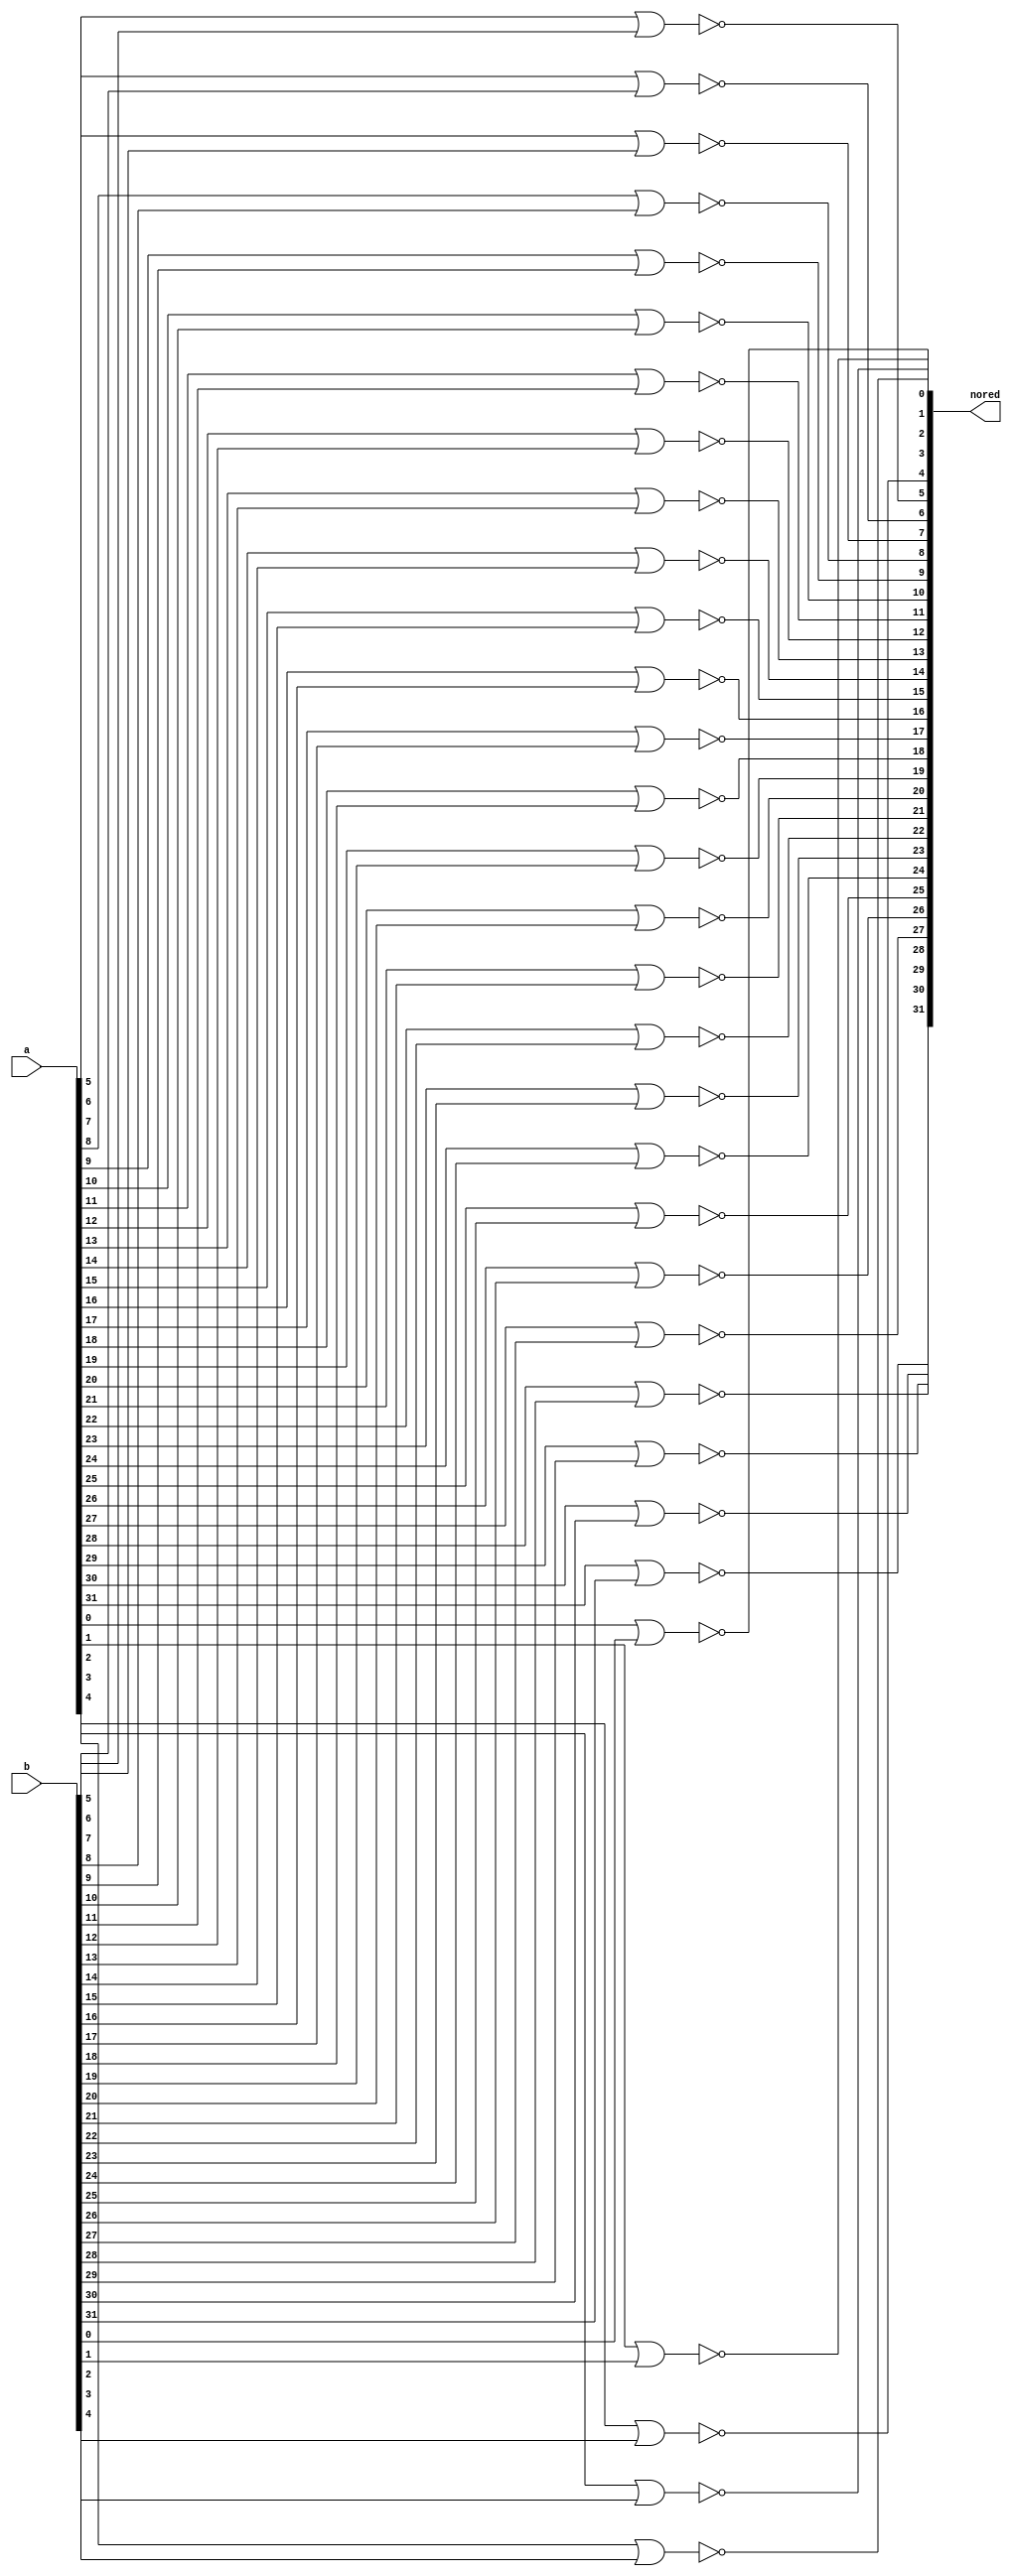
module norer(nored, a, b);
input [31:0]a, b;
output [31:0]nored;

nor noring0(nored[0], a[0], b[0]);
nor noring1(nored[1], a[1], b[1]);
nor noring2(nored[2], a[2], b[2]);
nor noring3(nored[3], a[3], b[3]);
nor noring4(nored[4], a[4], b[4]);
nor noring5(nored[5], a[5], b[5]);
nor noring6(nored[6], a[6], b[6]);
nor noring7(nored[7], a[7], b[7]);
nor noring8(nored[8], a[8], b[8]);
nor noring9(nored[9], a[9], b[9]);
nor noring10(nored[10], a[10], b[10]);
nor noring11(nored[11], a[11], b[11]);
nor noring12(nored[12], a[12], b[12]);
nor noring13(nored[13], a[13], b[13]);
nor noring14(nored[14], a[14], b[14]);
nor noring15(nored[15], a[15], b[15]);
nor noring16(nored[16], a[16], b[16]);
nor noring17(nored[17], a[17], b[17]);
nor noring18(nored[18], a[18], b[18]);
nor noring19(nored[19], a[19], b[19]);
nor noring20(nored[20], a[20], b[20]);
nor noring21(nored[21], a[21], b[21]);
nor noring22(nored[22], a[22], b[22]);
nor noring23(nored[23], a[23], b[23]);
nor noring24(nored[24], a[24], b[24]);
nor noring25(nored[25], a[25], b[25]);
nor noring26(nored[26], a[26], b[26]);
nor noring27(nored[27], a[27], b[27]);
nor noring28(nored[28], a[28], b[28]);
nor noring29(nored[29], a[29], b[29]);
nor noring30(nored[30], a[30], b[30]);
nor noring31(nored[31], a[31], b[31]);

endmodule